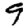
Digit: 9